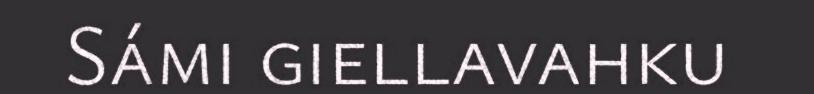
Sámi giellavahku